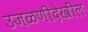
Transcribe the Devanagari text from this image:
उजळणीदेखील